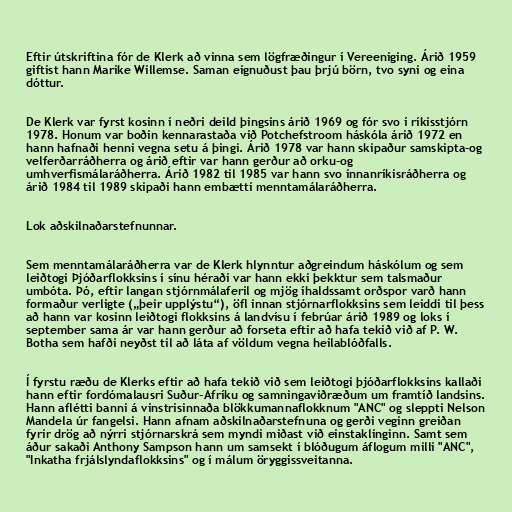
Eftir útskriftina fór de Klerk að vinna sem lögfræðingur í Vereeniging. Árið 1959
giftist hann Marike Willemse. Saman eignuðust þau þrjú börn, tvo syni og eina
dóttur.

De Klerk var fyrst kosinn í neðri deild þingsins árið 1969 og fór svo í ríkisstjórn
1978. Honum var boðin kennarastaða við Potchefstroom háskóla árið 1972 en
hann hafnaði henni vegna setu á þingi. Árið 1978 var hann skipaður samskipta-og
velferðarráðherra og árið eftir var hann gerður að orku-og
umhverfismálaráðherra. Árið 1982 til 1985 var hann svo innanríkisráðherra og
árið 1984 til 1989 skipaði hann embætti menntamálaráðherra.

Lok aðskilnaðarstefnunnar.

Sem menntamálaráðherra var de Klerk hlynntur aðgreindum háskólum og sem
leiðtogi Þjóðarflokksins í sínu héraði var hann ekki þekktur sem talsmaður
umbóta. Þó, eftir langan stjórnmálaferil og mjög íhaldssamt orðspor varð hann
formaður verligte („þeir upplýstu“), öfl innan stjórnarflokksins sem leiddi til þess
að hann var kosinn leiðtogi flokksins á landvísu í febrúar árið 1989 og loks í
september sama ár var hann gerður að forseta eftir að hafa tekið við af P. W.
Botha sem hafði neyðst til að láta af völdum vegna heilablóðfalls.

Í fyrstu ræðu de Klerks eftir að hafa tekið við sem leiðtogi þjóðarflokksins kallaði
hann eftir fordómalausri Suður-Afríku og samningaviðræðum um framtíð landsins.
Hann aflétti banni á vinstrisinnaða blökkumannaflokknum "ANC" og sleppti Nelson
Mandela úr fangelsi. Hann afnam aðskilnaðarstefnuna og gerði veginn greiðan
fyrir drög að nýrri stjórnarskrá sem myndi miðast við einstaklinginn. Samt sem
áður sakaði Anthony Sampson hann um samsekt í blóðugum áflogum milli "ANC",
"Inkatha frjálslyndaflokksins" og í málum öryggissveitanna.